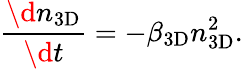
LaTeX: \frac{\d n_{\mathrm{3D}}}{\d t}=-\beta_{\mathrm{3D}}n_{\mathrm{3D}}^{2}.